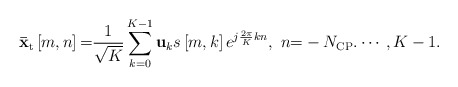
\begin{align*} {{\bf{\bar x}}_{\rm t}}\left[m, n \right] {\rm =} \frac{1}{\sqrt K }\sum\limits_{k = 0}^{K-1} {{{\bf{u}}_k}s\left[m, k \right]{e^{j\frac{{2\pi }}{K}kn}}},\ n {\rm =} - {{N}_{\rm CP }}. \cdots ,K - 1. \end{align*}